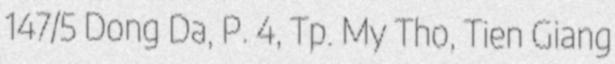
147/5 Dong Da, P. 4, Tp. My Tho, Tien Giang